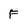
Character: F